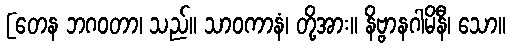
[တေန ဘဂဝတာ၊ သည်။ သာဝကာနံ၊ တို့အား။ နိဗ္ဗာနဂါမိနီ၊ သော။